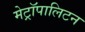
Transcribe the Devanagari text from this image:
मेट्रॉपालिटन